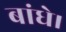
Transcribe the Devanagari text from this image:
बांधे।